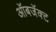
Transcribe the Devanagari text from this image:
ऑबजॅक्ट